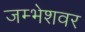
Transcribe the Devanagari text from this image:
जम्भेशवर